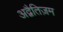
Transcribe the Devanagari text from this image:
अद्वैतिज़म